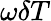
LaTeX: \omega\delta T